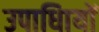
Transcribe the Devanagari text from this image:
उपाधिायों